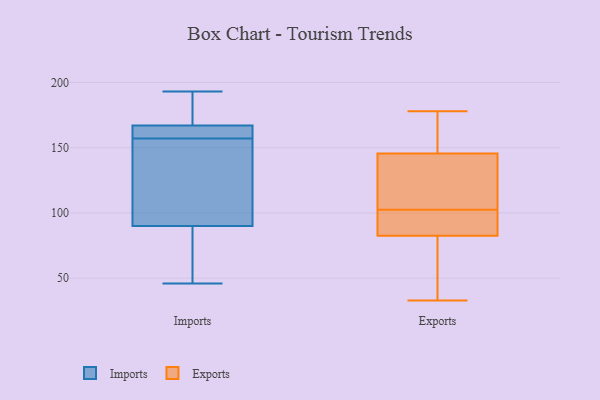
{"axis": {"x": "Customer Acquisition Cost (USD)", "y": "Value"}, "legend": ["Exports", "Imports"], "data": [{"x": "", "y": 193, "type": "Imports"}, {"x": "", "y": 90, "type": "Imports"}, {"x": "", "y": 167, "type": "Imports"}, {"x": "", "y": 170, "type": "Imports"}, {"x": "", "y": 155, "type": "Imports"}, {"x": "", "y": 125, "type": "Imports"}, {"x": "", "y": 159, "type": "Imports"}, {"x": "", "y": 163, "type": "Imports"}, {"x": "", "y": 46, "type": "Imports"}, {"x": "", "y": 84, "type": "Imports"}, {"x": "", "y": 97, "type": "Exports"}, {"x": "", "y": 108, "type": "Exports"}, {"x": "", "y": 161, "type": "Exports"}, {"x": "", "y": 86, "type": "Exports"}, {"x": "", "y": 79, "type": "Exports"}, {"x": "", "y": 37, "type": "Exports"}, {"x": "", "y": 97, "type": "Exports"}, {"x": "", "y": 129, "type": "Exports"}, {"x": "", "y": 33, "type": "Exports"}, {"x": "", "y": 130, "type": "Exports"}, {"x": "", "y": 173, "type": "Exports"}, {"x": "", "y": 178, "type": "Exports"}]}